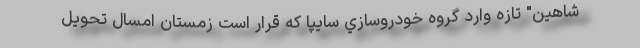
شاهين" تازه وارد گروه خودروسازي سايپا كه قرار است زمستان امسال تحویل